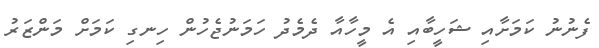
ފެނުނު ކަމަށާއި ޝަހީބާއި އެ މީހާއާ ދެމެދު ހަމަނުޖެހުން ހިނގި ކަމަށް މަންޒަރު